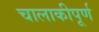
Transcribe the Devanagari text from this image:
चालाकीपूर्ण